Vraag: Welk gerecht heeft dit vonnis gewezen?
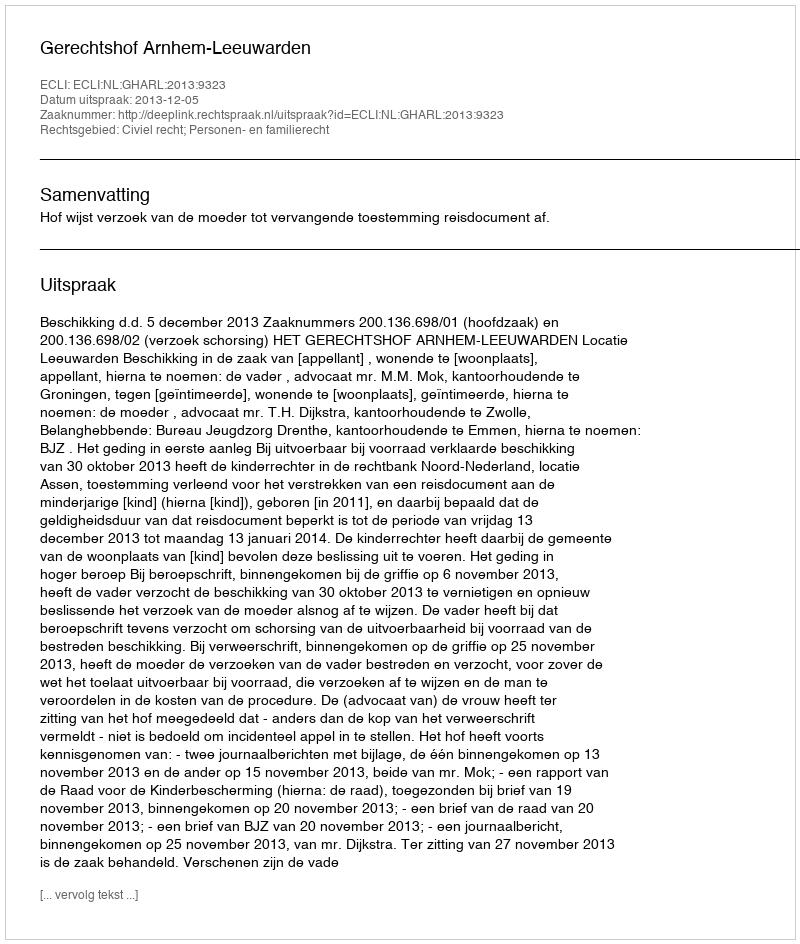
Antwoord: Gerechtshof Arnhem-Leeuwarden